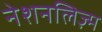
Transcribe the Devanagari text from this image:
नेशनलिज़्म